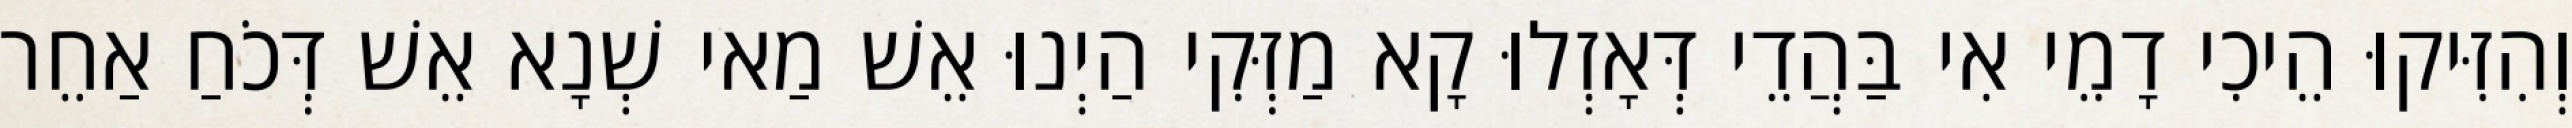
וְהִזִּיקוּ הֵיכִי דָמֵי אִי בַּהֲדֵי דְּאָזְלוּ קָא מַזְּקִי הַיְנוּ אֵשׁ מַאי שְׁנָא אֵשׁ דְּכֹחַ אַחֵר